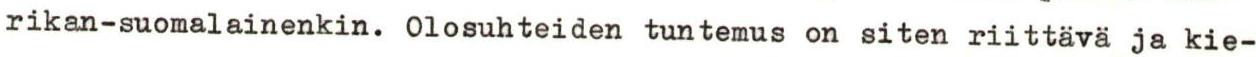
rikan-suomalainenkin. Olosuhteiden tuntemus on siten riittävä ja kie-